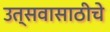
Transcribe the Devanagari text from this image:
उत्सवासाठीचे